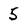
Character: 5